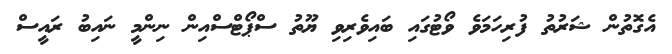
އެގޮތުން ޝަރުތު ފުރިހަމަވެ ވޯޓުގައި ބައިވެރިވި ޔޫތު ސްޕޯޓްސްއިން ނިންމީ ނައިބު ރައީސް